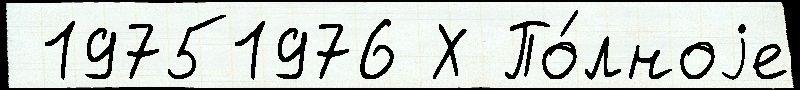
 19751976 Х По́лноjе